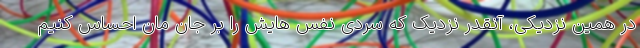
در همین نزدیکی، آنقدر نزدیک که سردی نفس هایش را بر جان مان احساس کنیم